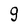
Character: 9